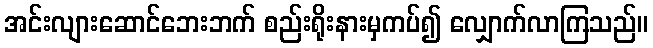
အင်းလျားဆောင်ဘေးဘက် စည်းရိုးနားမှကပ်၍ လျှောက်လာကြသည်။